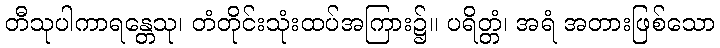
တီသုပါကာရန္တေသု၊ တံတိုင်းသုံးထပ်အကြား၌။ ပရိတ္တံ၊ အရံ အတားဖြစ်သော